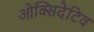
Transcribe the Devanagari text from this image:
ओक्सिदेटिव